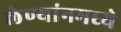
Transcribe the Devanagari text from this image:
लेण्यांनमध्ये